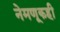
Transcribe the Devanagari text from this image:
नेमणूकही